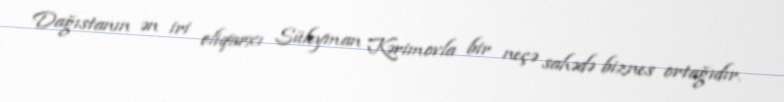
Dağıstanın ən iri oliqarxı Süleyman Kərimovla bir neçə sahədə biznes ortağıdır.